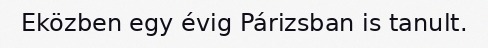
Eközben egy évig Párizsban is tanult.